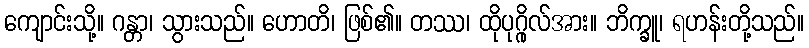
ကျောင်းသို့။ ဂန္တာ၊ သွားသည်။ ဟောတိ၊ ဖြစ်၏။ တဿ၊ ထိုပုဂ္ဂိုလ်အား။ ဘိက္ခူ၊ ရဟန်းတို့သည်။